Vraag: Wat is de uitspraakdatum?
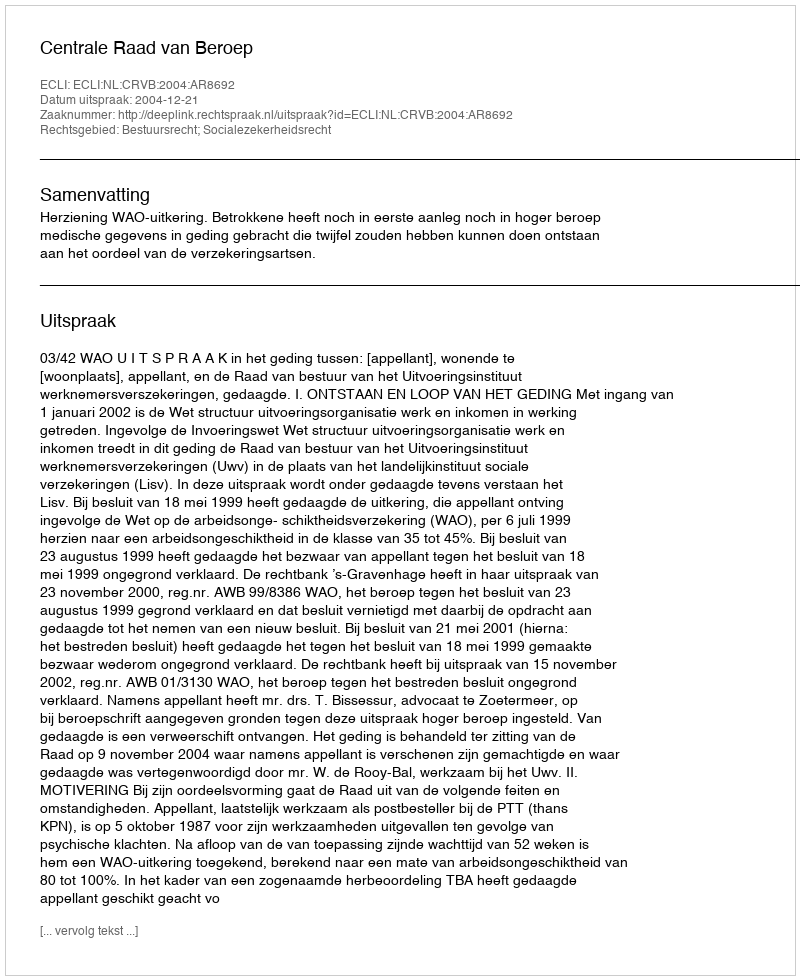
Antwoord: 2004-12-21